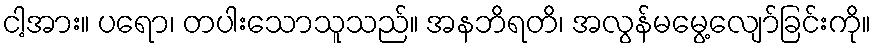
ငါ့အား။ ပရော၊ တပါးသောသူသည်။ အနဘိရတိ၊ အလွန်မမွေ့လျော်ခြင်းကို။